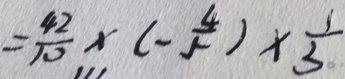
= \frac { 4 2 } { 1 0 } \times ( - \frac { 4 } { 5 } ) \times \frac { 1 } { 3 }